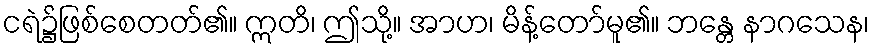
ငရဲ၌ဖြစ်စေတတ်၏။ ဣတိ၊ ဤသို့။ အာဟ၊ မိန့်တော်မူ၏။ ဘန္တေ နာဂသေန၊